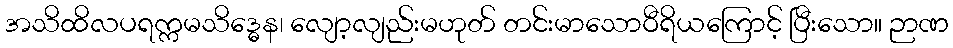
အသိထိလပရက္ကမသိဒ္ဓေန၊ လျော့လျည်းမဟုတ် တင်းမာသောဝီရိယကြောင့် ပြီးသော။ ဉာဏ